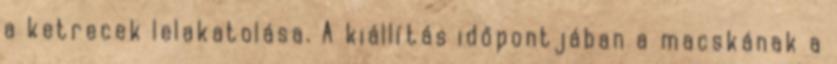
a ketrecek lelakatolása. A kiállítás időpontjában a macskának a